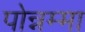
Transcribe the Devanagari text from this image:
पोन्नम्मा